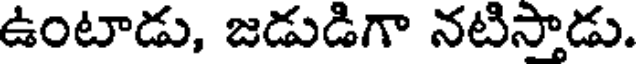
ఉంటాడు, జడుడిగా నటిస్తాడు.